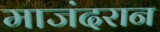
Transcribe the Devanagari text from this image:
माजंदरान